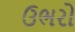
ઉભરો